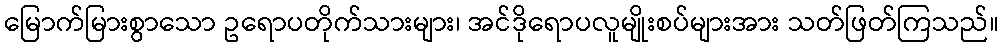
မြောက်မြားစွာသော ဥရောပတိုက်သားများ၊ အင်ဒိုရောပလူမျိုးစပ်များအား သတ်ဖြတ်ကြသည်။